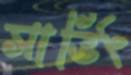
সার্ভিং